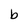
Character: b